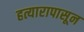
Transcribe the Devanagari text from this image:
हत्यारापासून